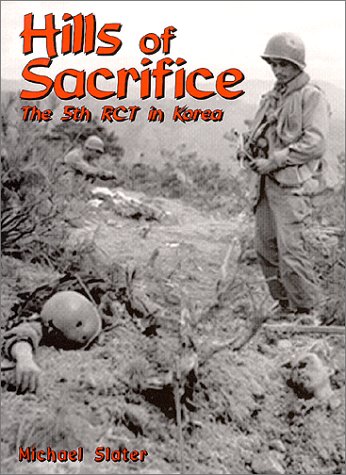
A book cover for Hills of Sacrifice: The 5th Rct in Korea; Michael P Slater; History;